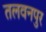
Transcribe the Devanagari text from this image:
तलवनपुर